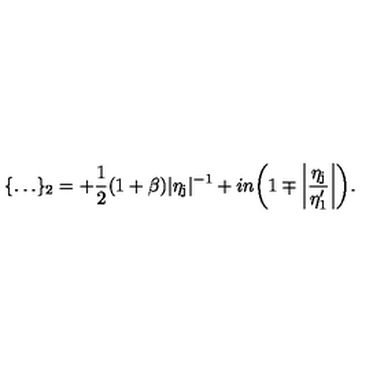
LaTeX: \{ \dots \} _ { 2 } = + \frac { 1 } { 2 } ( 1 + \beta ) \vert \eta _ { \mathrm { j } } \vert ^ { - 1 } + i n \biggl ( 1 \mp \biggl \vert \frac { \eta _ { \mathrm { j } } } { \eta _ { 1 } ^ { \prime } } \biggr \vert \biggr ) .